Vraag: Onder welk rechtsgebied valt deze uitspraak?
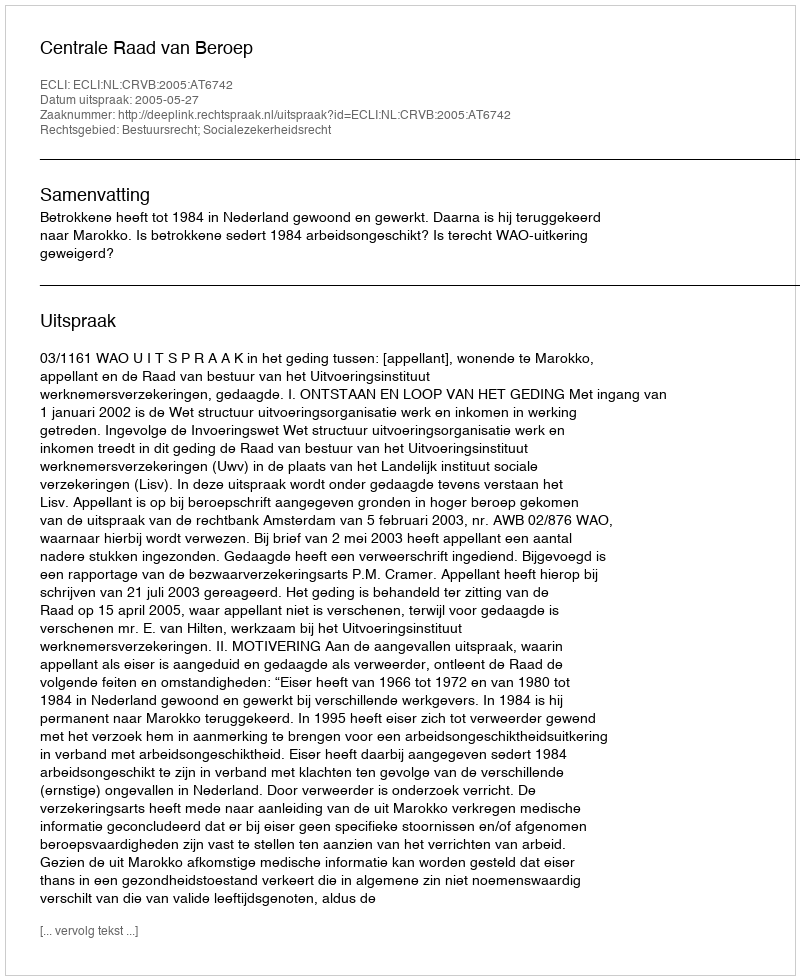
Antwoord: Bestuursrecht; Socialezekerheidsrecht